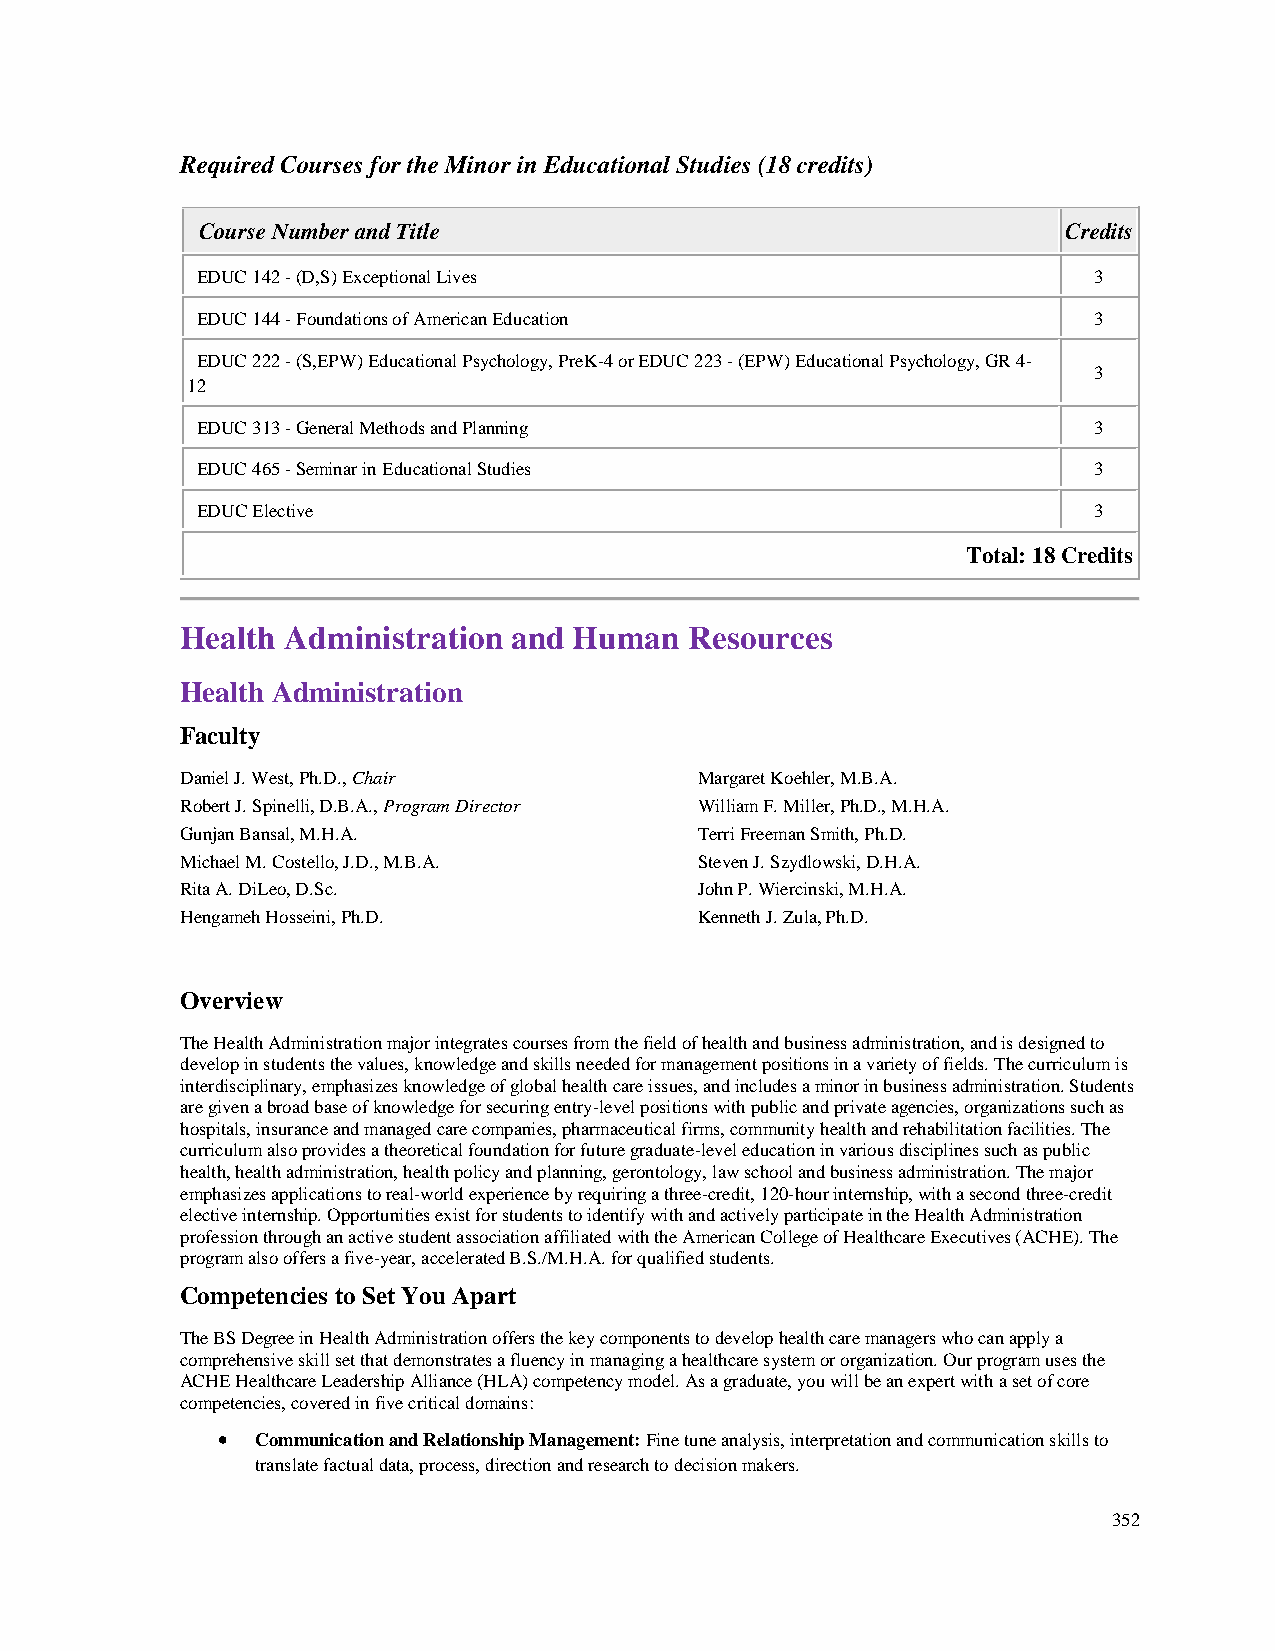
Required Courses for the Minor in Educational Studies (18 credits)
 Course Number and Title                                   Credits
 EDUC 142 - (D,S) Exceptional Lives                         3
 EDUC 144 - Foundations of American Education               3
 EDUC 222 - (S,EPW) Educational Psychology, PreK-4 or EDUC 223 - (EPW) Educational Psychology, GR 4-
 3
 12
 EDUC 313 - General Methods and Planning                    3
 EDUC 465 - Seminar in Educational Studies                  3
 EDUC Elective                                              3
 Total: 18 Credits
 Health Administration and Human   Resources
 Health Administration
 Faculty
 Daniel J. West, Ph.D., Chair      Margaret Koehler, M.B.A.
 Robert J. Spinelli, D.B.A., Program Director William F. Miller, Ph.D., M.H.A.
 Gunjan Bansal, M.H.A.             Terri Freeman Smith, Ph.D.
 Michael M. Costello, J.D., M.B.A. Steven J. Szydlowski, D.H.A.
 Rita A. DiLeo, D.Sc.              John P. Wiercinski, M.H.A.
 Hengameh Hosseini, Ph.D.          Kenneth J. Zula, Ph.D.
 Overview
 The Health Administration major integrates courses from the field of health and business administration, and is designed to
 develop in students the values, knowledge and skills needed for management positions in a variety of fields. The curriculum is
 interdisciplinary, emphasizes knowledge of global health care issues, and includes a minor in business administration. Students
 are given a broad base of knowledge for securing entry-level positions with public and private agencies, organizations such as
 hospitals, insurance and managed care companies, pharmaceutical firms, community health and rehabilitation facilities. The
 curriculum also provides a theoretical foundation for future graduate-level education in various disciplines such as public
 health, health administration, health policy and planning, gerontology, law school and business administration. The major
 emphasizes applications to real-world experience by requiring a three-credit, 120-hour internship, with a second three-credit
 elective internship. Opportunities exist for students to identify with and actively participate in the Health Administration
 profession through an active student association affiliated with the American College of Healthcare Executives (ACHE). The
 program also offers a five-year, accelerated B.S./M.H.A. for qualified students.
 Competencies to Set You Apart
 The BS Degree in Health Administration offers the key components to develop health care managers who can apply a
 comprehensive skill set that demonstrates a fluency in managing a healthcare system or organization. Our program uses the
 ACHE Healthcare Leadership Alliance (HLA) competency model. As a graduate, you will be an expert with a set of core
 competencies, covered in five critical domains:
 •  Communication and Relationship Management: Fine tune analysis, interpretation and communication skills to
 translate factual data, process, direction and research to decision makers.
 352